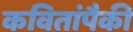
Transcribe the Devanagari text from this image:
कवितांपैकी